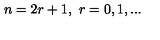
n = 2 r + 1 , \ r = 0 , 1 , . . .